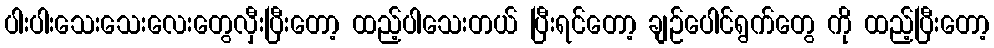
ပါးပါးသေးသေးလေးတွေလှီးပြီးတော့ ထည့်ပါသေးတယ် ပြီးရင်တော့ ချဉ်ပေါင်ရွက်တွေ ကို ထည့်ပြီးတော့